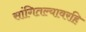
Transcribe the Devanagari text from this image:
सांगितल्यावरहि